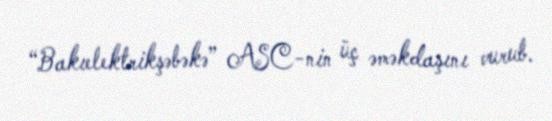
“Bakıelektrikşəbəkə” ASC-nin üç əməkdaşını vurub.